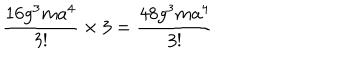
LaTeX: \frac { 1 6 g ^ { 3 } m a ^ { 4 } } { 3 ! } \times 3 = \frac { 4 8 g ^ { 3 } m a ^ { 4 } } { 3 ! }